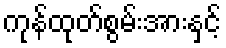
ကုန်ထုတ်စွမ်းအားနှင့်